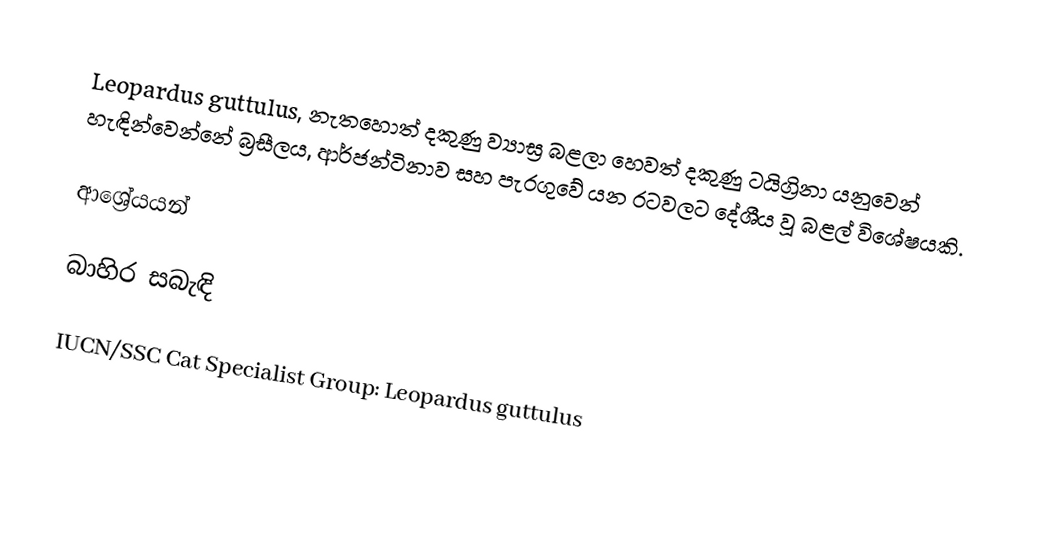
Leopardus guttulus, නැතහොත් දකුණු ව්‍යාඝ්‍ර බළලා හෙවත් දකුණු ටයිග්‍රිනා යනුවෙන් හැඳින්වෙන්නේ බ්‍රසීලය, ආර්ජන්ටිනාව සහ පැරගුවේ යන රටවලට දේශීය වූ බළල් විශේෂයකි.

ආශ්‍රේයයන්

බාහිර සබැඳි

 IUCN/SSC Cat Specialist Group: Leopardus guttulus